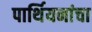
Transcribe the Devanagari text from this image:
पार्थियनांचा